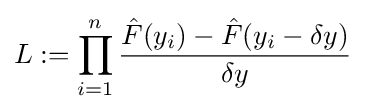
L:=\prod _{i=1}^{n}{\frac {{\hat {F}}(y_{i})-{\hat {F}}(y_{i}-\delta y)}{\delta y}}